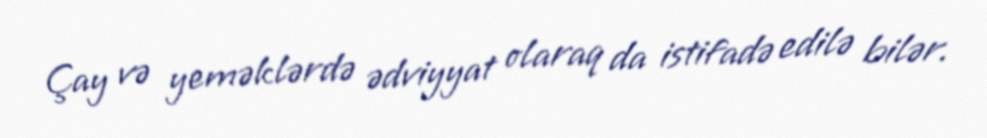
Çay və yeməklərdə ədviyyat olaraq da istifadə edilə bilər.